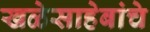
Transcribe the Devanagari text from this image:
खळेसाहेबांचे